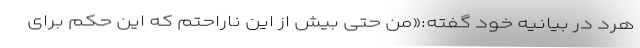
هرد در بیانیه خود گفته:«من حتی بیش از این ناراحتم که این حکم برای